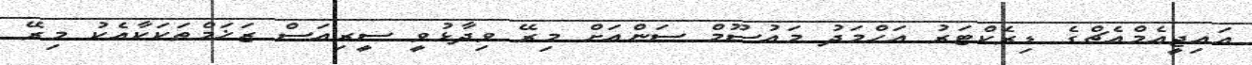
އައިޖީއެމްއެޗްގެ ޑިރެކްޓަރު އަހްމަދު މައުސޫމް ސަންއަށް މިރޭ ވިދާޅުވީ ސީރިއަސް ޒަޚަމްތަކަކާއެކު މިރޭ